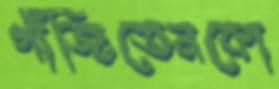
গাঁজিতেনকো